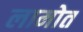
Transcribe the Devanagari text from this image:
लामोत